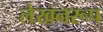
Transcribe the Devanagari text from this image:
लेखनरूप